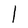
Character: l